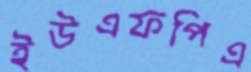
ইউএফপিএ